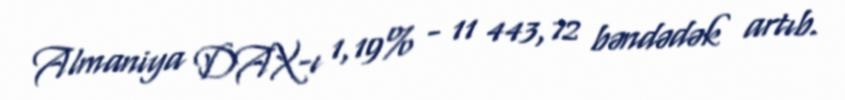
Almaniya DAX-ı 1,19% - 11 443,72 bəndədək artıb.